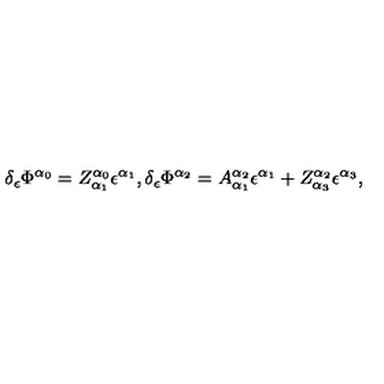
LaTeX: \delta _ { \epsilon } \Phi ^ { \alpha _ { 0 } } = Z _ { \alpha _ { 1 } } ^ { \alpha _ { 0 } } \epsilon ^ { \alpha _ { 1 } } , \delta _ { \epsilon } \Phi ^ { \alpha _ { 2 } } = A _ { \alpha _ { 1 } } ^ { \alpha _ { 2 } } \epsilon ^ { \alpha _ { 1 } } + Z _ { \alpha _ { 3 } } ^ { \alpha _ { 2 } } \epsilon ^ { \alpha _ { 3 } } ,